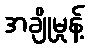
အချိုမှုန့်